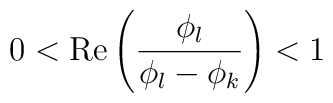
0<{\rm Re}\left(\frac{\phi_l}{\phi_l-\phi_k}\right)<1